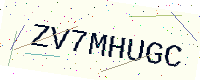
Text: ZV7MHUGC